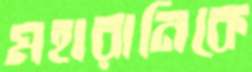
মহারানিকে